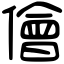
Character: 儈